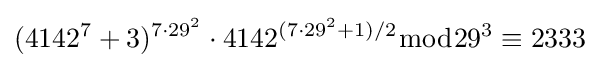
(4142^{7}+3)^{7\cdot 29^{2}}\cdot 4142^{(7\cdot 29^{2}+1)/2}{\bmod {29^{3}}}\equiv 2333